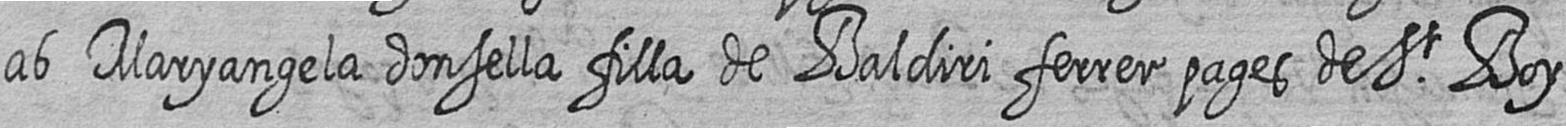
ab Maryangela donsella filla de Baldiri ferrer pages de St Boy